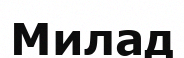
Милад